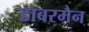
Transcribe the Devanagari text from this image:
डाबरमैन